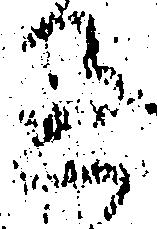
過